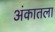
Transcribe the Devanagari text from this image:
अंकातला